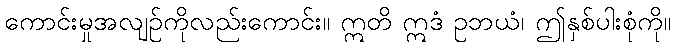
ကောင်းမှုအလျဉ်ကိုလည်းကောင်း။ ဣတိ ဣဒံ ဥဘယံ၊ ဤနှစ်ပါးစုံကို။